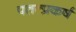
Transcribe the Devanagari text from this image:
पतत्प्रकर्ष